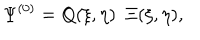
LaTeX: \Psi ^ { ( 0 ) } = Q ( \xi , \eta ) ~ ~ \Xi ( \xi , \eta ) ,